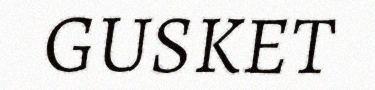
GUSKET